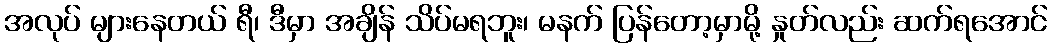
အလုပ် များနေတယ် ရီ၊ ဒီမှာ အချိန် သိပ်မရဘူး၊ မနက် ပြန်တော့မှာမို့ နှုတ်လည်း ဆက်ရအောင်